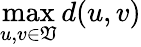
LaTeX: \operatorname*{max}_{u,v\in\mathfrak{V}}d(u,v)